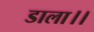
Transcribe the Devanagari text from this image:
डाला।।